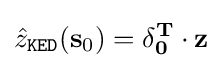
{\hat {z}}_{\mathtt {KED}}(\mathbf {s} _{0})=\mathbf {\delta } _{\mathbf {0} }^{\mathbf {T} }\cdot \mathbf {z}